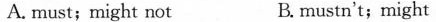
A. must;might not B. mustn't;might